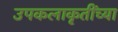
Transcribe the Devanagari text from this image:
उपकलाकृतींच्या